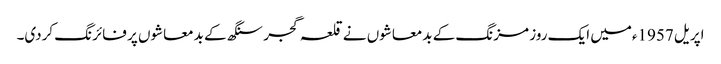
اپریل 1957ءمیں ایک روز مزنگ کے بدمعاشوں نے قلعہ گجر سنگھ کے بدمعاشوں پر فائرنگ کردی۔